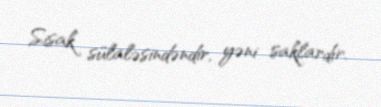
Sisak sülaləsindəndir, yəni saklardır.